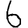
Digit: 6